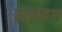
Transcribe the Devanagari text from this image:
लहभग